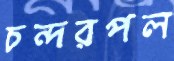
চন্দরপল